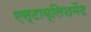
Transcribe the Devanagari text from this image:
एस्टाब्लिशमेंट